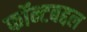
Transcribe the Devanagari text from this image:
फॉन्टबद्दल